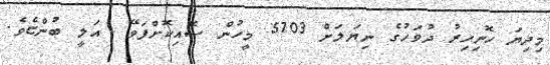
މިދިޔަ ހޮނިހިރު ދުވަހުގެ ނިޔަލަށް 5703 މީހުން ސޮއިކޮށްފަވޭ  އަލީ ބުންޏެވެ.